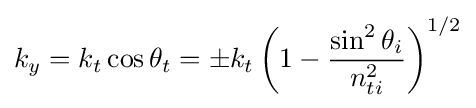
k_{y}=k_{t}\cos \theta _{t}=\pm k_{t}\left(1-{\frac {\sin ^{2}\theta _{i}}{n_{ti}^{2}}}\right)^{1/2}